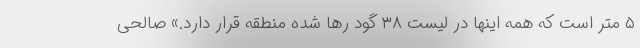
۵ متر است که همه اینها در لیست ۳۸ گود رها شده منطقه قرار دارد.» صالحی